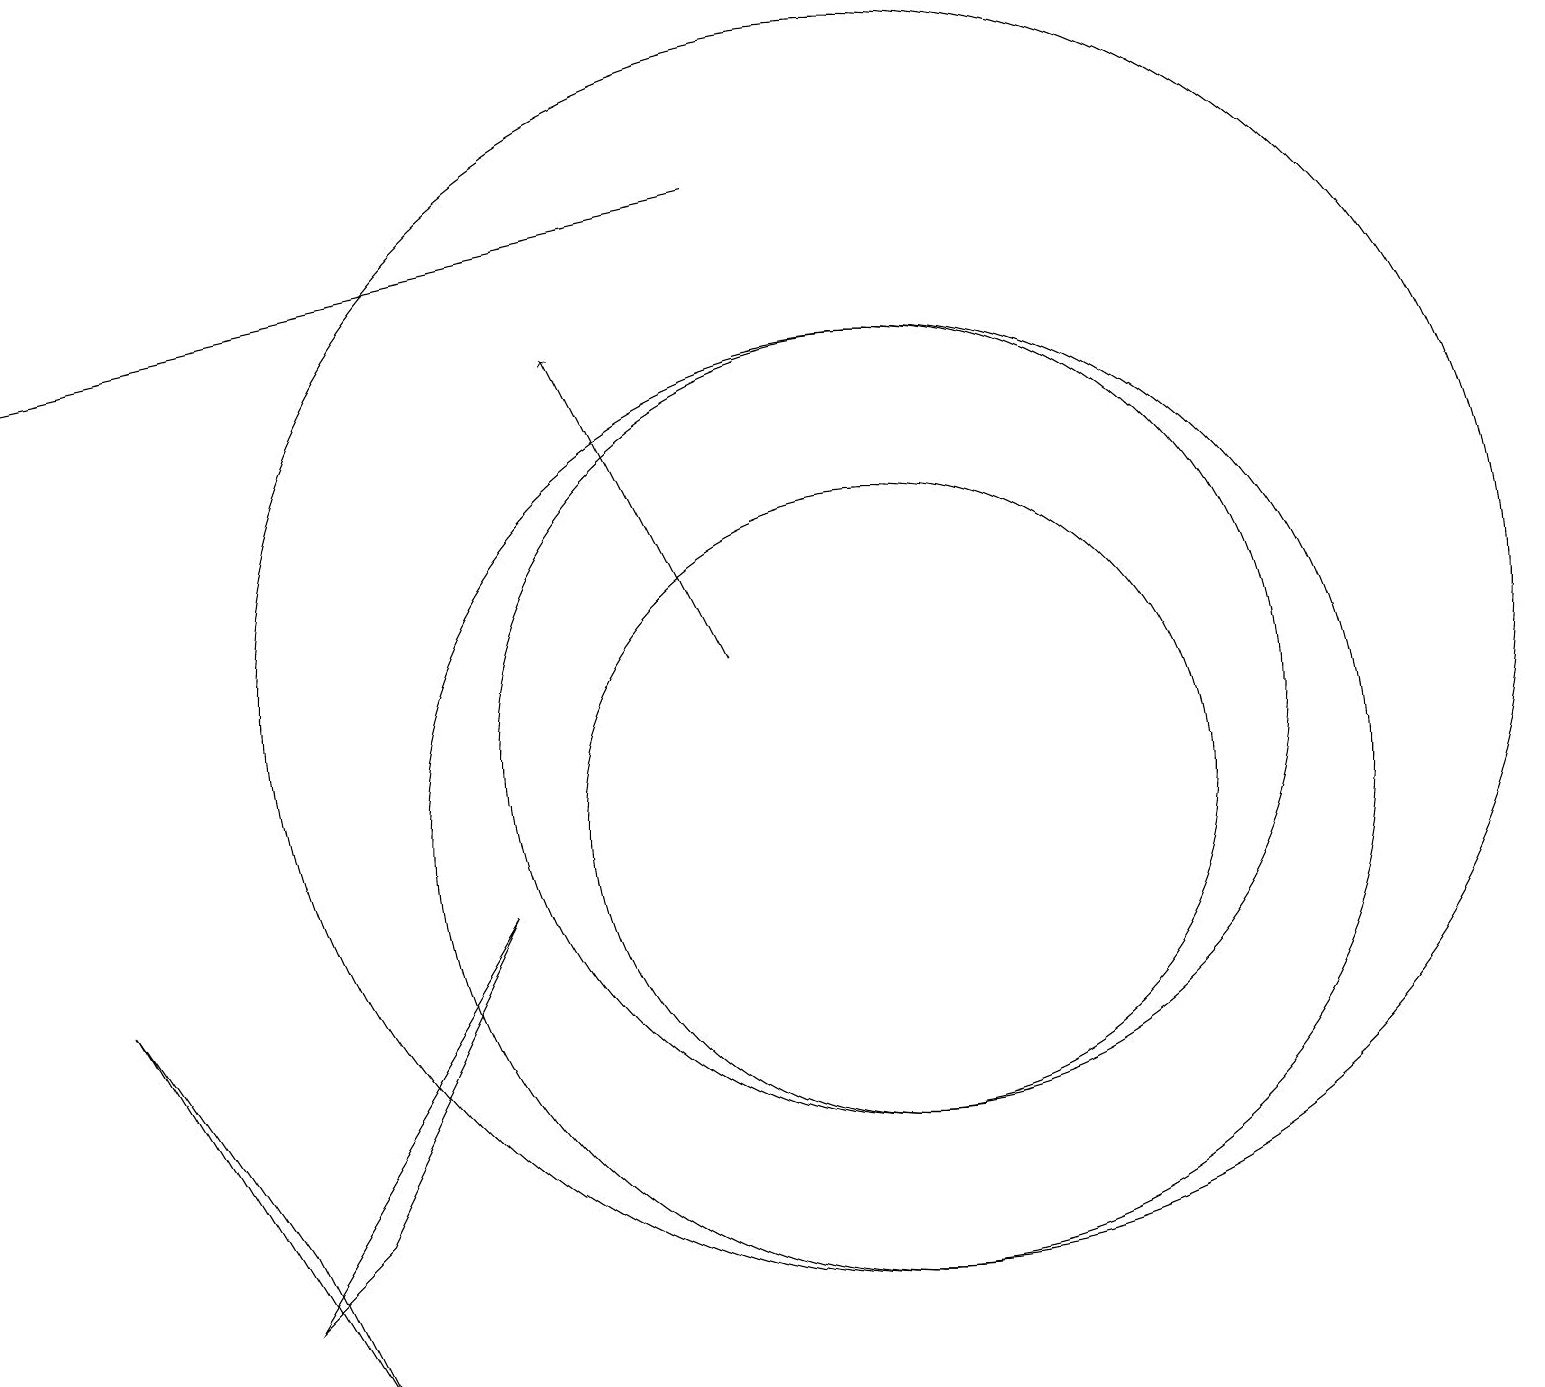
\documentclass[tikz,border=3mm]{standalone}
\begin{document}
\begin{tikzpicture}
\draw (11,10) circle (6);
\draw (3,4) -- (4,5) -- (6,9) -- cycle;
\draw[->] (9,12) -- (7,16);
\draw[->] (9,18) -- (0,16);
\draw (11,11) circle (5);
\draw (11,12) circle (8);
\draw (11,10) circle (4);
\draw (4,3) -- (1,8) -- (3,5) -- cycle;
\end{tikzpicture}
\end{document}